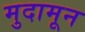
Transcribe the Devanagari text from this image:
मुदामून